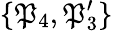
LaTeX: \{ \mathfrak{P}_{4},\mathfrak{P}_{3}^{\prime}\}